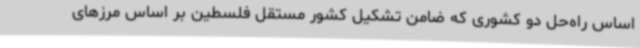
اساس راه‌حل دو کشوری که ضامن تشکیل کشور مستقل فلسطین بر اساس مرزهای